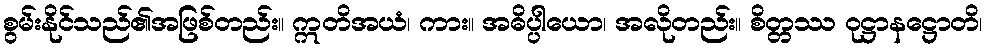
စွမ်းနိုင်သည်၏အဖြစ်တည်း။ ဣတိအယံ၊ ကား။ အဓိပ္ပါယော၊ အလိုတည်း။ စိတ္တဿ ဝုဋ္ဌာနဋ္ဌောတိ၊